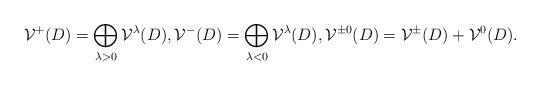
LaTeX: \begin{align*} \mathcal{V}^{+}(D) = \bigoplus_{\lambda >0} \mathcal{V}^{\lambda}(D), \mathcal{V}^{-}(D) = \bigoplus_{\lambda <0 } \mathcal{V}^{\lambda}(D), \mathcal{V}^{\pm0}(D) = \mathcal{V}^{\pm}(D) + \mathcal{V}^0(D). \end{align*}